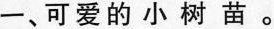
一、可爱的小树苗。